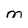
Character: m